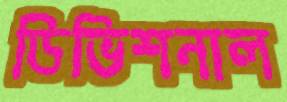
ডিভিশনাল